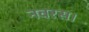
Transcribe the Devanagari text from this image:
नवरस।